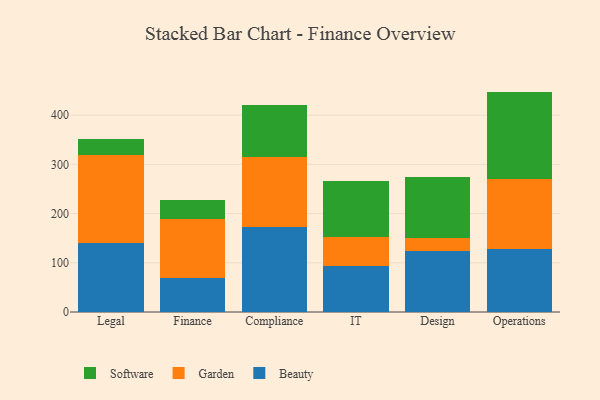
{"axis": {"x": "Department", "y": "Conversion Rate (%)"}, "legend": ["Beauty", "Garden", "Software"], "data": [{"x": "Legal", "y": 139.9, "type": "Beauty"}, {"x": "Legal", "y": 179.5, "type": "Garden"}, {"x": "Legal", "y": 31.3, "type": "Software"}, {"x": "Finance", "y": 68.8, "type": "Beauty"}, {"x": "Finance", "y": 120.6, "type": "Garden"}, {"x": "Finance", "y": 37.6, "type": "Software"}, {"x": "Compliance", "y": 172.6, "type": "Beauty"}, {"x": "Compliance", "y": 142.7, "type": "Garden"}, {"x": "Compliance", "y": 104.9, "type": "Software"}, {"x": "IT", "y": 94.1, "type": "Beauty"}, {"x": "IT", "y": 57.3, "type": "Garden"}, {"x": "IT", "y": 115.4, "type": "Software"}, {"x": "Design", "y": 123.5, "type": "Beauty"}, {"x": "Design", "y": 26.1, "type": "Garden"}, {"x": "Design", "y": 124.6, "type": "Software"}, {"x": "Operations", "y": 128.0, "type": "Beauty"}, {"x": "Operations", "y": 142.6, "type": "Garden"}, {"x": "Operations", "y": 177.2, "type": "Software"}]}